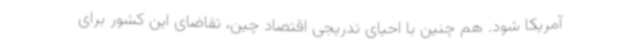
آمریکا شود. هم چنین با احیای تدریجی اقتصاد چین، تقاضای این کشور برای